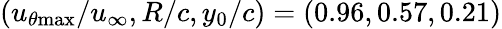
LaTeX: (u_{\theta\mathrm{{max}}}/u_{\infty},R/c,y_{0}/c)=(0.96,0.57,0.21)